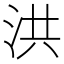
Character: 洪